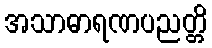
အသာဓာရဏပညတ္တိ